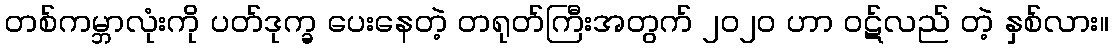
တစ်ကမ္ဘာလုံးကို ပတ်ဒုက္ခ ပေးနေတဲ့ တရုတ်ကြီးအတွက် ၂၀၂၀ ဟာ ဝဋ်လည် တဲ့ နှစ်လား။